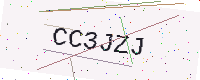
Text: CC3JZJ